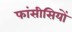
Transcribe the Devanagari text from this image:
फांसीसियों